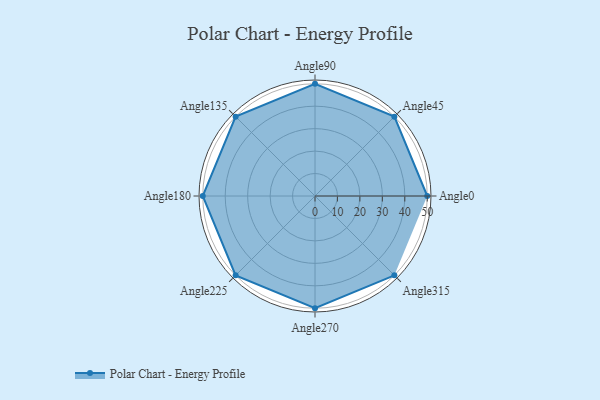
{"axis": {"x": "Angle", "y": "Radius"}, "legend": [""], "data": [{"x": "Angle0", "y": 50, "type": ""}, {"x": "Angle45", "y": 50, "type": ""}, {"x": "Angle90", "y": 50, "type": ""}, {"x": "Angle135", "y": 50, "type": ""}, {"x": "Angle180", "y": 50, "type": ""}, {"x": "Angle225", "y": 50, "type": ""}, {"x": "Angle270", "y": 50, "type": ""}, {"x": "Angle315", "y": 50, "type": ""}]}